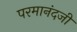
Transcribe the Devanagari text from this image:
परमानंदजी